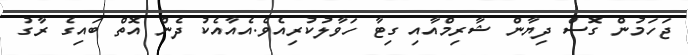
ޖަހަމުން ގޮސް ދިޔާން ޝާރިމްއާއި ގިޓާ ހަވާލުކުރިއެވެ.އެއާއެކު ދެން އޮތް ބައިގެ ރާގު